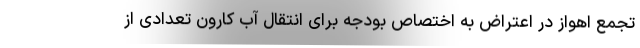
تجمع اهواز در اعتراض به اختصاص بودجه برای انتقال آب کارون تعدادی از